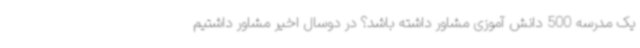
یک مدرسه 500 دانش آموزی مشاور داشته باشد؟ در دوسال اخیر مشاور داشتیم